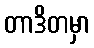
တာဒိတမှာ